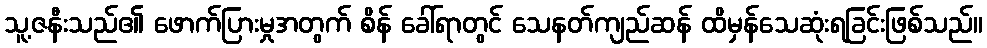
သူ့ဇနီးသည်၏ ဖောက်ပြားမှုအတွက် စိန် ခေါ်ရာတွင် သေနတ်ကျည်ဆန် ထိမှန်သေဆုံးရခြင်းဖြစ်သည်။